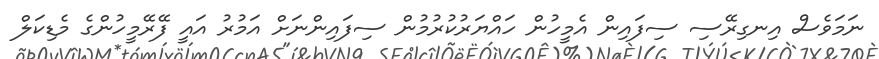
ނަމަވެސް އިނގިރޭސި ސިފައިން އެމީހުން ހައްޔަރުކުރުމުން ސިފައިންނަށް އަމުރު އައީ ފޭރޭމީހުންގެ މެޑިކަލް